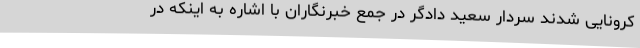
کرونایی شدند سردار سعید دادگر در جمع خبرنگاران با اشاره به اینکه در